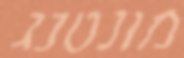
מונטנג